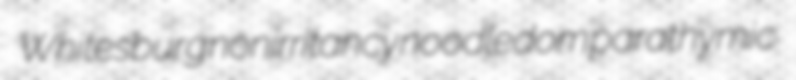
Whitesburg nonirritancy noodledom parathymic